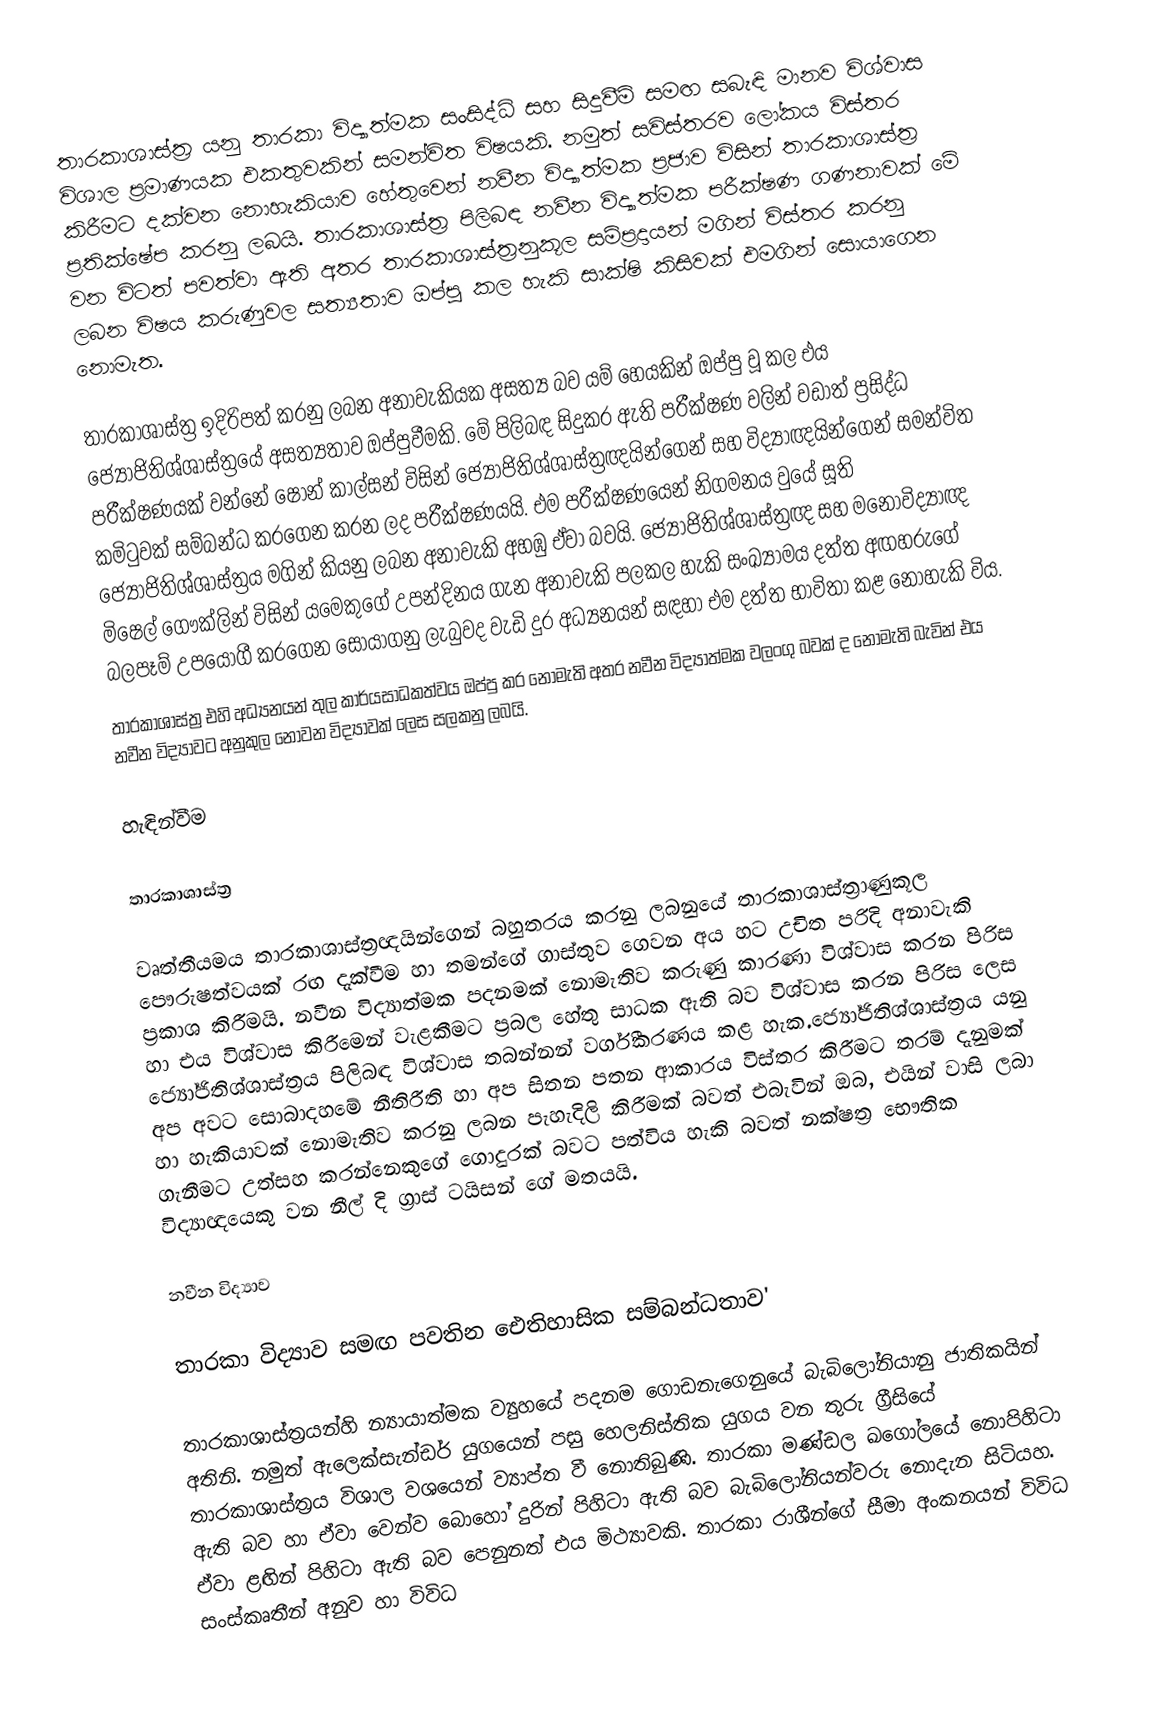
තාරකාශාස්ත්‍ර යනු තාරකා විද්‍යාත්මක සංසිද්ධි සහ සිදුවීම් සමඟ සබැඳි මානව විශ්වාස විශාල ප්‍රමාණයක එකතුවකින් සමන්විත විෂයකි. නමුත් සවිස්තරව ලෝකය විස්තර කිරීමට දක්වන නොහැකියාව හේතුවෙන් නවීන විද්‍යාත්මක ප්‍රජාව විසින් තාරකාශාස්ත්‍ර ප්‍රතික්ෂේප කරනු ලබයි. තාරකාශාස්ත්‍ර පිලිබඳ නවීන විද්‍යාත්මක පරීක්ෂණ ගණනාවක් මේ වන විටත් පවත්වා ඇති අතර තාරකාශාස්ත්‍රනුකූල සම්ප්‍රදායන් මගින් විස්තර කරනු ලබන විෂය කරුණුවල සත්‍යතාව ඔප්පු කල හැකි සාක්ෂි කිසිවක් එමගින් සොයාගෙන නොමැත.

තාරකාශාස්ත්‍ර ඉදිරිපත් කරනු ලබන අනාවැකියක අසත්‍ය බව යම් හෙයකින් ඔප්පු වූ කල එය ජ්‍යෝජිතිශ්ශාස්ත්‍රයේ අසත්‍යතාව ඔප්පුවීමකි. මේ පිලිබඳ සිදුකර ඇති පරීක්ෂණ වලින් වඩාත් ප්‍රසිද්ධ පරීක්ෂණයක් වන්නේ ෂෝන් කාල්සන් විසින් ජ්‍යෝජිතිශ්ශාස්ත්‍රඥයින්ගෙන් සහ විද්‍යාඥයින්ගෙන් සමන්විත කමිටුවක් සම්බන්ධ කරගෙන කරන ලද පරීක්ෂණයයි. එම පරීක්ෂණයෙන් නිගමනය වුයේ සූති ජ්‍යෝජිතිශ්ශාස්ත්‍රය මගින් කියනු ලබන අනාවැකි අහඹු ඒවා බවයි. ජ්‍යෝජිතිශ්ශාස්ත්‍රඥ සහ මනෝවිද්‍යාඥ මිෂෙල් ගෞක්ලින් විසින් යමෙකුගේ උපන්දිනය ගැන අනාවැකි පලකල හැකි සංඛ්‍යාමය දත්ත අඟහරුගේ බලපෑම් උපයෝගී කරගෙන සොයාගනු ලැබුවද වැඩි දුර අධ්‍යනයන් සඳහා එම දත්ත භාවිතා කළ නොහැකි විය.
තාරකාශාස්ත්‍ර එහි අධ්‍යනයන් තුල කාර්යසාධකත්වය ඔප්පු කර නොමැති අතර නවීන විද්‍යාත්මක වලංගු බවක් ද නොමැති බැවින් එය නවීන විද්‍යාවට අනුකුල නොවන විද්‍යාවක් ලෙස සලකනු ලබයි.

හැඳින්වීම

තාරකාශාස්ත්‍ර

වෘත්තීයමය තාරකාශාස්ත්‍රඥයින්ගෙන් බහුතරය කරනු ලබනුයේ තාරකාශාස්ත්‍රාණුකූල පෞරුෂත්වයක් රඟ දැක්වීම හා තමන්ගේ ගාස්තුව ගෙවන අය හට උචිත පරිදි අනාවැකි ප්‍රකාශ කිරීමයි. නවීන විද්‍යාත්මක පදනමක් නොමැතිව කරුණු කාරණා විශ්වාස කරන පිරිස හා එය විශ්වාස කිරීමෙන් වැළකීමට ප්‍රබල හේතු සාධක ඇති බව විශ්වාස කරන පිරිස ලෙස ජ්‍යෝජිතිශ්ශාස්ත්‍රය පිලිබඳ විශ්වාස තබන්නන් වර්ගීකරණය කළ හැක.ජ්‍යෝජිතිශ්ශාස්ත්‍රය යනු අප අවට සොබාදහමේ නීතිරීති හා අප සිතන පතන ආකාරය විස්තර කිරීමට තරම් දැනුමක් හා හැකියාවක් නොමැතිව කරනු ලබන පැහැදිලි කිරීමක් බවත් එබැවින් ඔබ, එයින් වාසි ලබා ගැනීමට උත්සහ කරන්නෙකුගේ ගොදුරක් බවට පත්විය හැකි බවත් නක්ෂත්‍ර භෞතික විද්‍යාඥයෙකු වන නීල් දි ග්‍රාස් ටයිසන් ගේ මතයයි.

නවීන විද්‍යාව

තාරකා විද්‍යාව සමඟ පවතින ඓතිහාසික සම්බන්ධතාව'

තාරකාශාස්ත්‍රයන්හි න්‍යායාත්මක ව්‍යුහයේ පදනම ගොඩනැගෙනුයේ  බැබිලෝනියානු ජාතිකයින් අතිනි. නමුත් ඇලෙක්සැන්ඩර් යුගයෙන් පසු හෙලනිස්තික යුගය වන තුරු ග්‍රීසියේ තාරකාශාස්ත්‍රය විශාල වශයෙන් ව්‍යාප්ත වී නොතිබුණි. තාරකා මණ්ඩල ඛගෝලයේ නොපිහිටා ඇති බව හා ඒවා වෙන්ව බොහෝ දුරින් පිහිටා ඇති බව බැබිලෝනියන්වරු නොදැන සිටියහ. ඒවා ළඟින් පිහිටා ඇති බව පෙනුනත් එය මිථ්‍යාවකි. තාරකා රාශීන්ගේ සීමා අංකනයන්  විවිධ සංස්කෘතීන් අනුව හා විවිධ